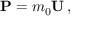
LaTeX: \mathbf { P } = m _ { 0 } \mathbf { U } \, ,